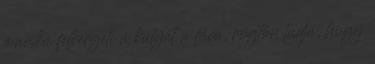
macska felkergeti a kutyát a fára, rögtön tudja, hogy